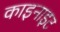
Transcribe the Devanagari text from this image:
काइनाइट